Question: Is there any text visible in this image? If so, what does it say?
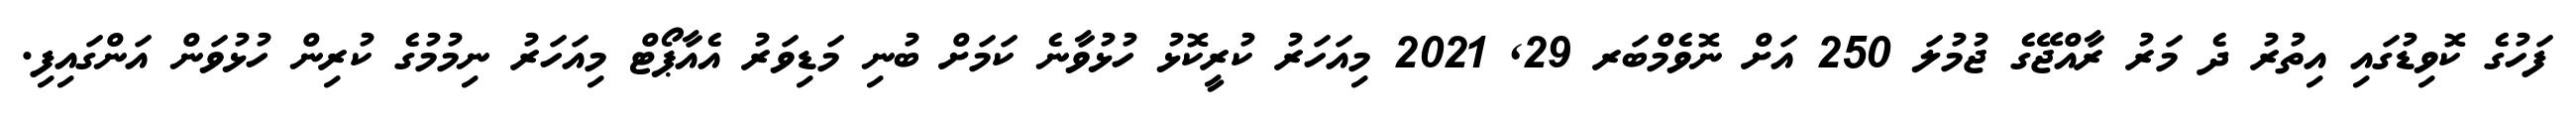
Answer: ފަހުގެ ކޮވިޑުގައި އިތުރު ދެ މަރު ރާއްޖޭގެ ޖުމުލަ 250 އަށް ނޮވެމްބަރ 29, 2021 މިއަހަރު ކުރީކޮޅު ހުޅުވާނެ ކަމަށް ބުނި މަޑިވަރު އެއާޕޯޓް މިއަހަރު ނިމުމުގެ ކުރިން ހުޅުވަން އަންގައިފި.